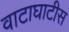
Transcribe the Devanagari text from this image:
वाटाघाटीस